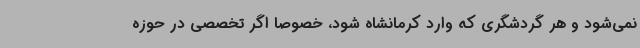
نمی‌شود و هر گردشگری که وارد کرمانشاه شود، خصوصا اگر تخصصی در حوزه